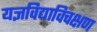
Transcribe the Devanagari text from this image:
यज्ञविद्याविचक्षण